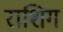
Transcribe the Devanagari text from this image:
राशिग